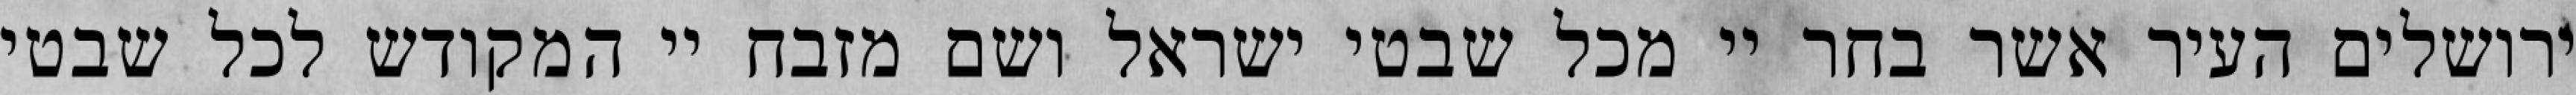
ירושלים העיר אשר בחר יי מכל שבטי ישראל ושם מזבח יי המקודש לכל שבטי